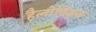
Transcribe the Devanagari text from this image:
हैलोविइन